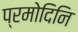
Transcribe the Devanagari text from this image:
प्रमोदिनि